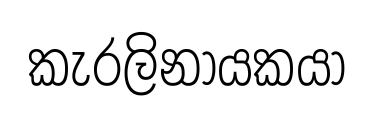
කැරලිනායකයා